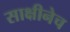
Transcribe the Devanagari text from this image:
साक्षीनेच